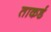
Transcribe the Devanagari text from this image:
ताकर्ड